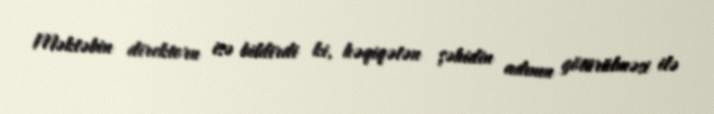
Məktəbin direktoru isə bildirdi ki, həqiqətən şəhidin adının götürülməsi ilə